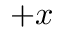
+ x